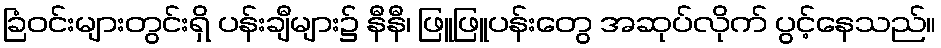
ခြံဝင်းများတွင်းရှိ ပန်းချီများ၌ နီနီ၊ ဖြူဖြူပန်းတွေ အဆုပ်လိုက် ပွင့်နေသည်။